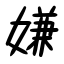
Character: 嫌